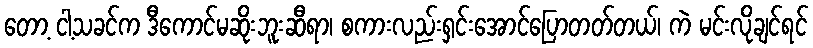
တော့ ငါ့သခင်က ဒီကောင်မဆိုးဘူးဆီရာ၊ စကားလည်းရှင်းအောင်ပြောတတ်တယ်၊ ကဲ မင်းလိုချင်ရင်